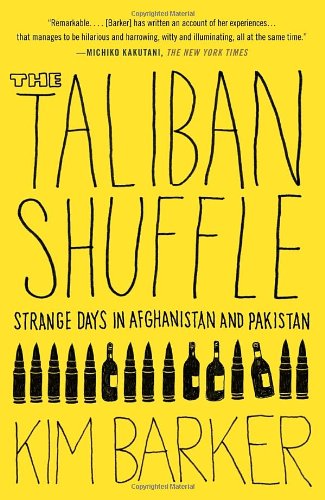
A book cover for The Taliban Shuffle: Strange Days in Afghanistan and Pakistan; Kim Barker; History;